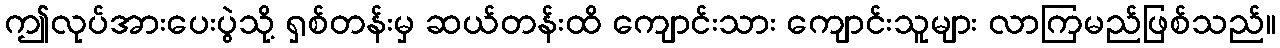
ဤလုပ်အားပေးပွဲသို့ ရှစ်တန်းမှ ဆယ်တန်းထိ ကျောင်းသား ကျောင်းသူများ လာကြမည်ဖြစ်သည်။